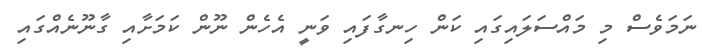
ނަމަވެސް މި މައްސަލައިގައި ކަން ހިނގާފައި ވަނީ އެހެން ނޫން ކަމަށާއި ގާނޫނެއްގައި